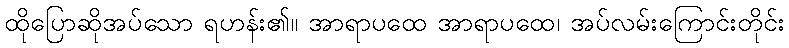
ထိုပြောဆိုအပ်သော ရဟန်း၏။ အာရာပထေ အာရာပထေ၊ အပ်လမ်းကြောင်းတိုင်း